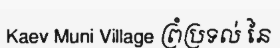
Kaev Muni Village ព្រំប្រទល់ នៃ